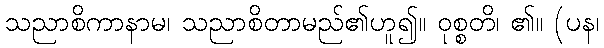
သညာစိကာနာမ၊ သညာစိတာမည်၏ဟူ၍။ ဝုစ္စတိ၊ ၏။ (ပန၊